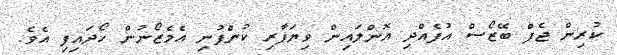
ކުރިން ޖެފް ބޭޒޯސް އުފެއްދި އޮންލައިން ވިޔަފާރި ކުންފުނި އެމެޒޯނުން ހޯދައިފި އެވެ.